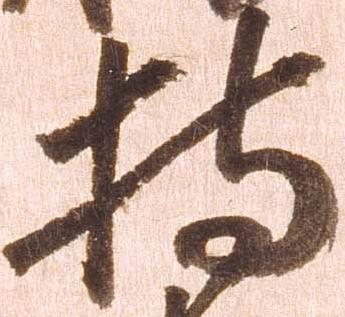
持